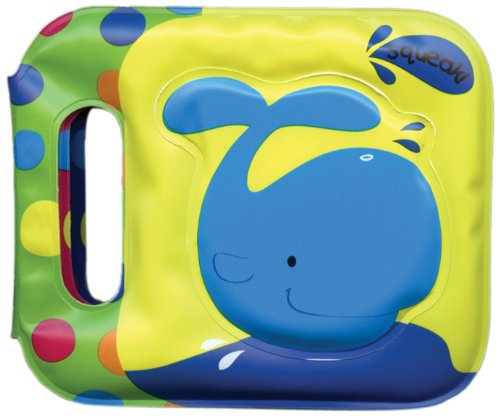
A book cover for Whale (Shake & Play Bath Books); Children's Books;